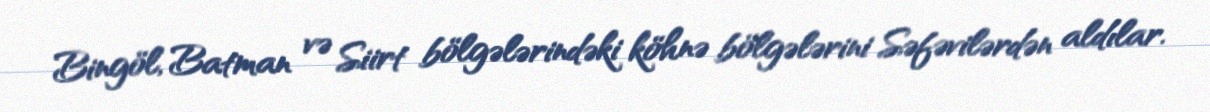
Bingöl, Batman və Siirt bölgələrindəki köhnə bölgələrini Səfəvilərdən aldılar.